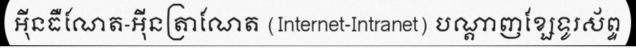
អ៊ីនធឺណែត-អ៊ីនត្រាណែត (Internet-Intranet) បណ្តាញខ្សែទូរស័ព្ទ